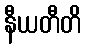
နီယတီတိ